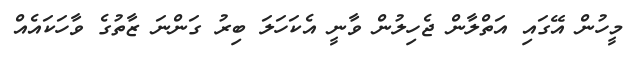
މީހުން އޭގައި އަތްލާން ޖެހިލުން ވާނީ އެކަހަލަ ބިރު ގަންނަ ޒާތުގެ ވާހަކައެއް